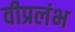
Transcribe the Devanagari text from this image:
वीप्रलंभ